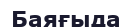
Баяғыда